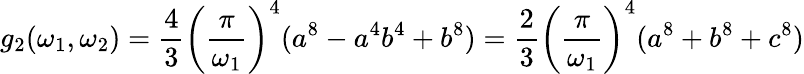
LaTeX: g_{2}(\omega_{1},\omega_{2})={\frac{4}{3}}\left({\frac{\pi}{\omega_{1}}}\right)^{4}(a^{8}-a^{4}b^{4}+b^{8})={\frac{2}{3}}\left({\frac{\pi}{\omega_{1}}}\right)^{4}(a^{8}+b^{8}+c^{8})